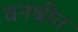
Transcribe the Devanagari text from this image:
वनश्रीत